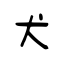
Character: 犬